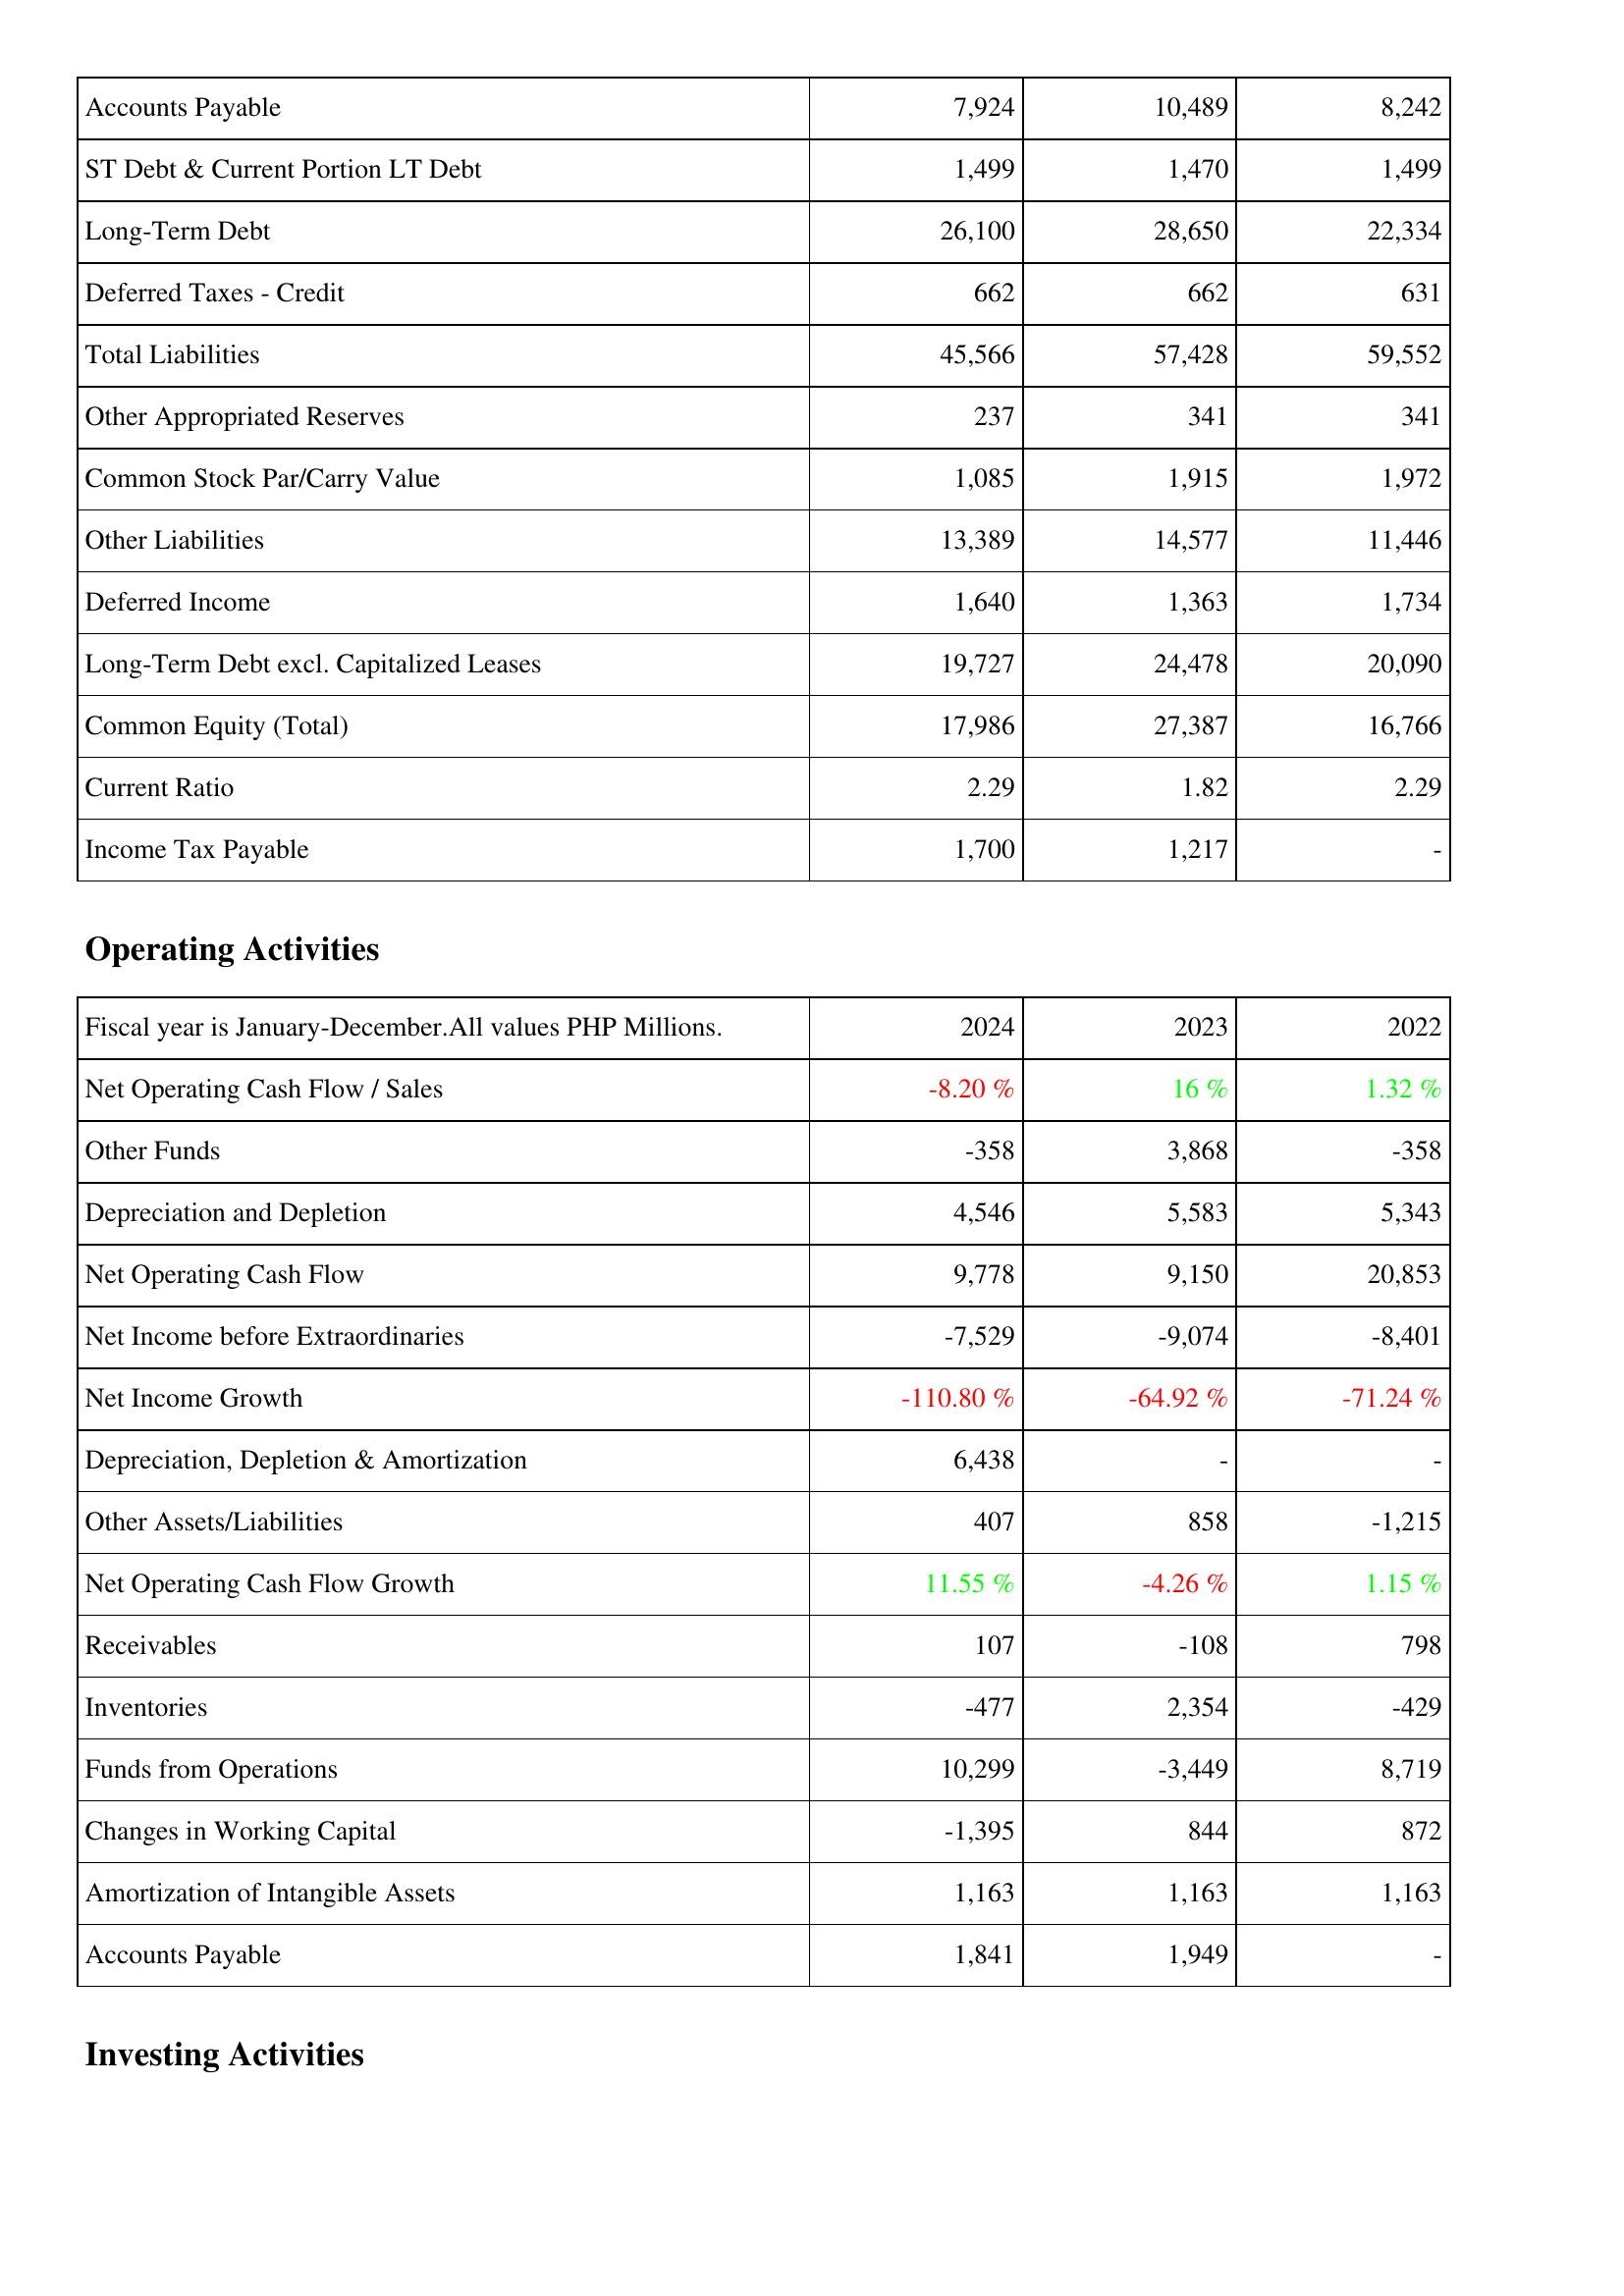
2024: Liabilities & Shareholders' Equity: Accounts Payable: 7,924
ST Debt & Current Portion LT Debt: 1,499
Long-Term Debt: 26,100
Deferred Taxes - Credit: 662
Total Liabilities: 45,566
Other Appropriated Reserves: 237
Common Stock Par/Carry Value: 1,085
Other Liabilities: 13,389
Deferred Income: 1,640
Long-Term Debt excl. Capitalized Leases: 19,727
Common Equity (Total): 17,986
Current Ratio: 2.29
Income Tax Payable: 1,700
Operating Activities: Net Operating Cash Flow / Sales: -8.20 %
Other Funds: -358
Depreciation and Depletion: 4,546
Net Operating Cash Flow: 9,778
Net Income before Extraordinaries: -7,529
Net Income Growth: -110.80 %
Depreciation, Depletion & Amortization: 6,438
Other Assets/Liabilities: 407
Net Operating Cash Flow Growth: 11.55 %
Receivables: 107
Inventories: -477
Funds from Operations: 10,299
Changes in Working Capital: -1,395
Amortization of Intangible Assets: 1,163
Accounts Payable: 1,841
2023: Liabilities & Shareholders' Equity: Accounts Payable: 10,489
ST Debt & Current Portion LT Debt: 1,470
Long-Term Debt: 28,650
Deferred Taxes - Credit: 662
Total Liabilities: 57,428
Other Appropriated Reserves: 341
Common Stock Par/Carry Value: 1,915
Other Liabilities: 14,577
Deferred Income: 1,363
Long-Term Debt excl. Capitalized Leases: 24,478
Common Equity (Total): 27,387
Current Ratio: 1.82
Income Tax Payable: 1,217
Operating Activities: Net Operating Cash Flow / Sales: 16 %
Other Funds: 3,868
Depreciation and Depletion: 5,583
Net Operating Cash Flow: 9,150
Net Income before Extraordinaries: -9,074
Net Income Growth: -64.92 %
Depreciation, Depletion & Amortization: -
Other Assets/Liabilities: 858
Net Operating Cash Flow Growth: -4.26 %
Receivables: -108
Inventories: 2,354
Funds from Operations: -3,449
Changes in Working Capital: 844
Amortization of Intangible Assets: 1,163
Accounts Payable: 1,949
2022: Liabilities & Shareholders' Equity: Accounts Payable: 8,242
ST Debt & Current Portion LT Debt: 1,499
Long-Term Debt: 22,334
Deferred Taxes - Credit: 631
Total Liabilities: 59,552
Other Appropriated Reserves: 341
Common Stock Par/Carry Value: 1,972
Other Liabilities: 11,446
Deferred Income: 1,734
Long-Term Debt excl. Capitalized Leases: 20,090
Common Equity (Total): 16,766
Current Ratio: 2.29
Income Tax Payable: -
Operating Activities: Net Operating Cash Flow / Sales: 1.32 %
Other Funds: -358
Depreciation and Depletion: 5,343
Net Operating Cash Flow: 20,853
Net Income before Extraordinaries: -8,401
Net Income Growth: -71.24 %
Depreciation, Depletion & Amortization: -
Other Assets/Liabilities: -1,215
Net Operating Cash Flow Growth: 1.15 %
Receivables: 798
Inventories: -429
Funds from Operations: 8,719
Changes in Working Capital: 872
Amortization of Intangible Assets: 1,163
Accounts Payable: -